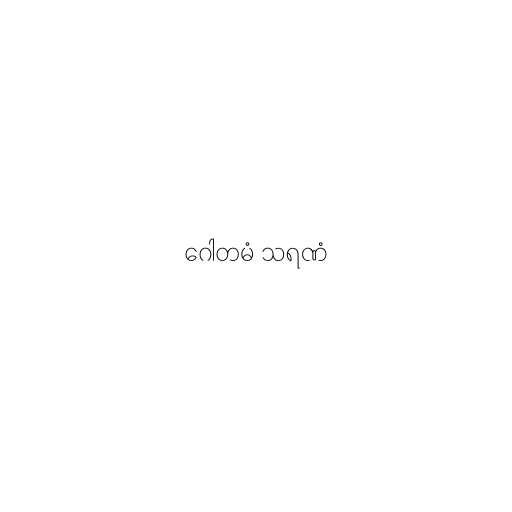
ဂေါတမံ သရဏံ